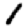
Digit: 1